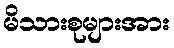
မိသားစုများအား